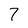
Character: 7